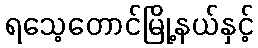
ရသေ့တောင်မြို့နယ်နှင့်